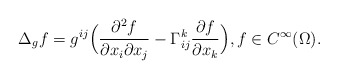
\begin{align*} \Delta_{g} f = g^{ij}\Bigl(\frac{\partial^2 f}{\partial x_i \partial x_j} - \Gamma^k_{ij}\frac{\partial f}{\partial x_k}\Bigr), f \in C^{\infty}(\Omega).\end{align*}